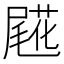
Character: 𡳖